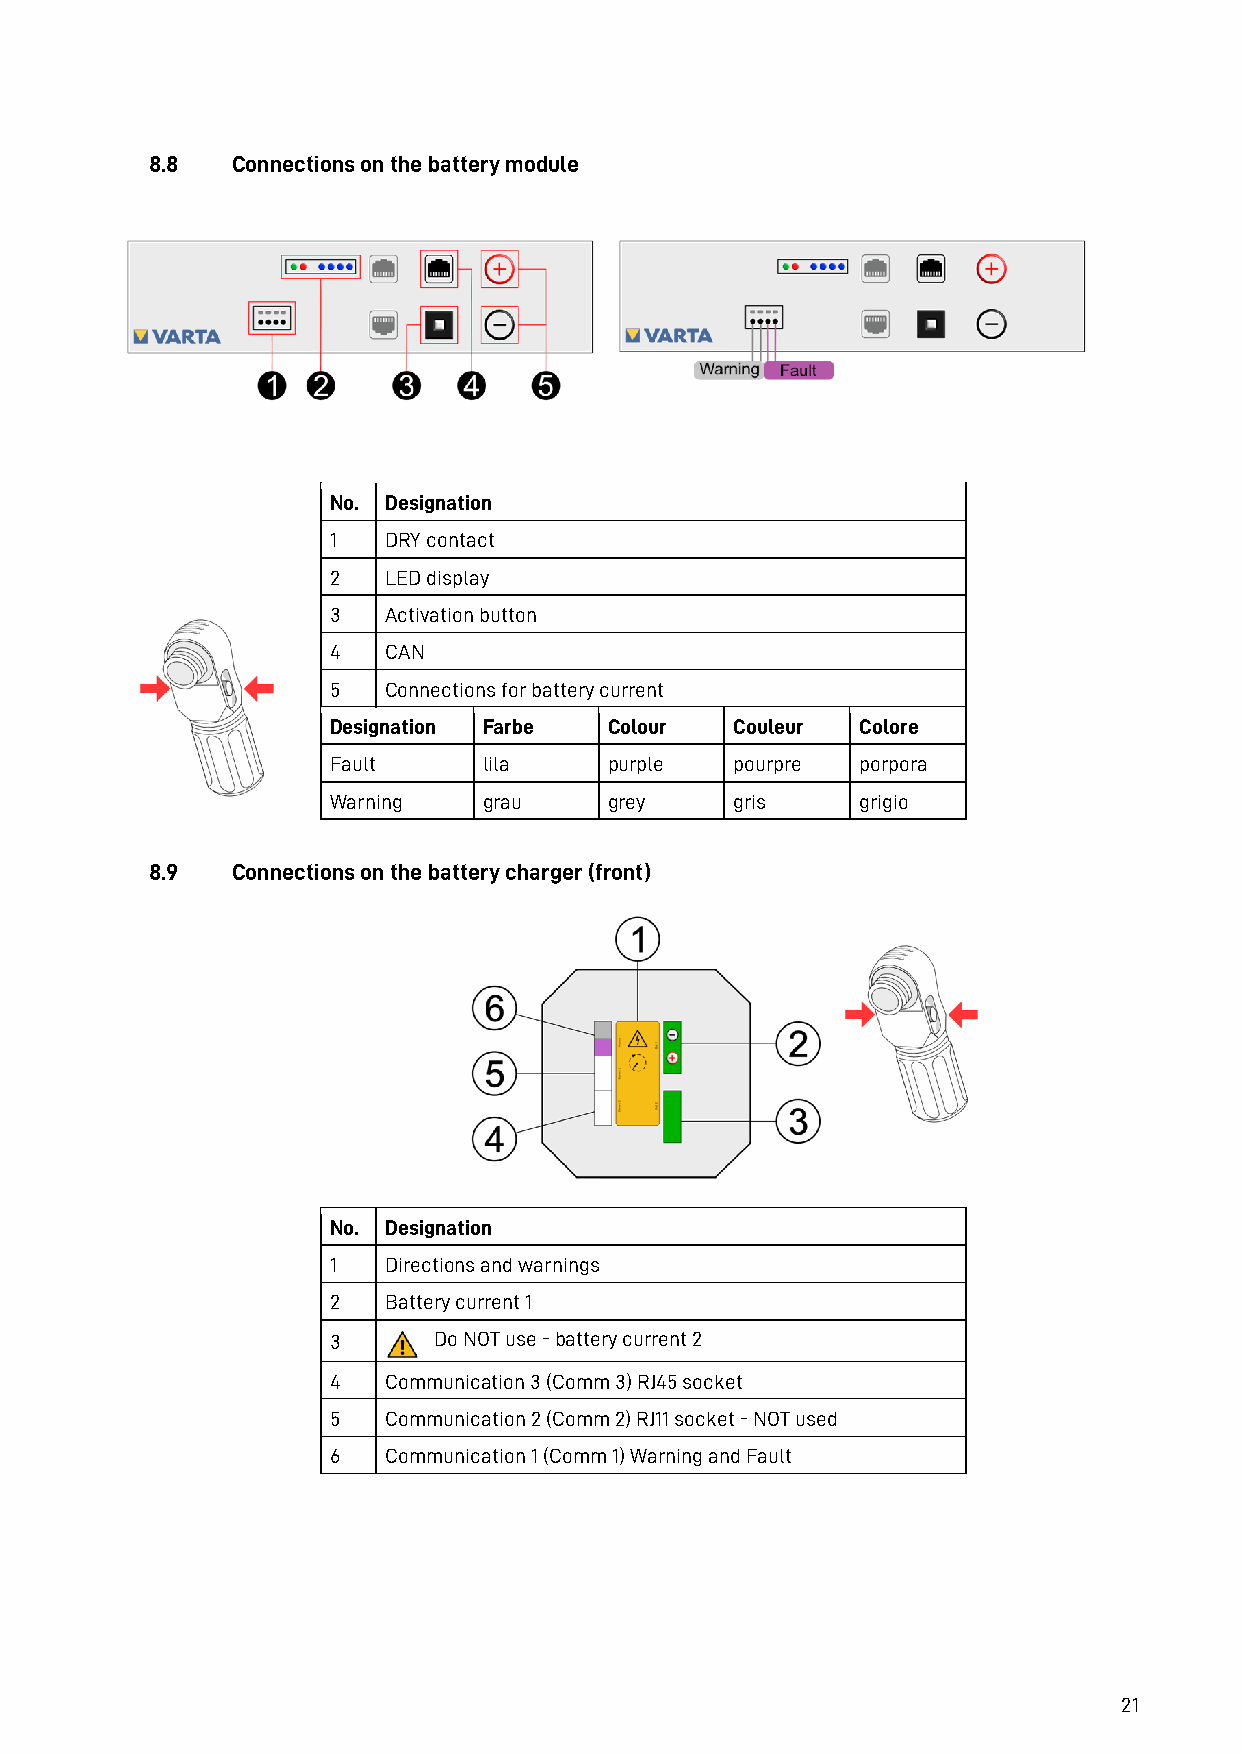
8.8  Connections on the battery module
 No. Designation
 1   DRY contact
 2   LED display
 3   Activation button
 4   CAN
 5   Connections for battery current
 Designation Farbe Colour   Couleur Colore
 Fault     lila    purple   pourpre porpora
 Warning   grau    grey     gris    grigio
 8.9  Connections on the battery charger (front)
 No. Designation
 1   Directions and warnings
 2   Battery current 1
 3      Do NOT use - battery current 2
 4   Communication 3 (Comm 3) RJ45 socket
 5   Communication 2 (Comm 2) RJ11 socket - NOT used
 6   Communication 1 (Comm 1) Warning and Fault
 21